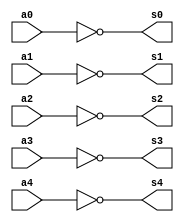
// Marden Batista, Matricula: 380752

module complemento1 (s0, s1, s2, s3, s4, a4, a3, a2, a1, a0);
 output s0, s1, s2, s3, s4;
 input a4, a3, a2, a1, a0;
 
 not NOT1 (s0, a0);
 not NOT2 (s1, a1);
 not NOT3 (s2, a2);
 not NOT4 (s3, a3);
 not NOT5 (s4, a4);
 
endmodule

module testComplemento1;
 reg a4, a3, a2, a1, a0;
 wire s0, s1, s2, s3, s4;
 
 complemento1 Test01 (s0, s1, s2, s3, s4, a4, a3, a2, a1, a0);
 
 initial begin
      $display("Marden Batista - 388613");
      $display("Exe 01 - Complemento de 1");
      $display("\n a4 a3 a2 a1 a0 = s4 s3 s2 s1 s0");
		$monitor(" %b  %b  %b  %b  %b =  %b  %b  %b  %b  %b", a4, a3, a2, a1, a0, s4, s3, s2, s1, s0);
												
												//Dec
	#1 a4=0; a3=0; a2=0; a1=0; a0=0; //00
	#1 a4=0; a3=0; a2=0; a1=0; a0=1; //01
	#1 a4=0; a3=0; a2=0; a1=1; a0=0; //02
	#1 a4=0; a3=0; a2=0; a1=1; a0=1; //03
	#1 a4=0; a3=0; a2=1; a1=0; a0=0; //04
	#1 a4=0; a3=0; a2=1; a1=0; a0=1; //05
	#1 a4=0; a3=0; a2=1; a1=1; a0=0; //06
	#1 a4=0; a3=0; a2=1; a1=1; a0=1; //07
	#1 a4=0; a3=1; a2=0; a1=0; a0=0; //08
	#1 a4=0; a3=1; a2=0; a1=0; a0=1; //09
	#1 a4=0; a3=1; a2=0; a1=1; a0=0; //10
	#1 a4=0; a3=1; a2=0; a1=1; a0=1; //11
	#1 a4=0; a3=1; a2=1; a1=0; a0=0; //12
	#1 a4=0; a3=1; a2=1; a1=0; a0=1; //13
	#1 a4=0; a3=1; a2=1; a1=1; a0=0; //14
	#1 a4=0; a3=1; a2=1; a1=1; a0=1; //15
	#1 a4=1; a3=0; a2=0; a1=0; a0=0; //16
	#1 a4=1; a3=0; a2=0; a1=0; a0=1; //17
	#1 a4=1; a3=0; a2=0; a1=1; a0=0; //18
	#1 a4=1; a3=0; a2=0; a1=1; a0=1; //19
	#1 a4=1; a3=0; a2=1; a1=0; a0=0; //20
	#1 a4=1; a3=0; a2=1; a1=0; a0=1; //21
	#1 a4=1; a3=0; a2=1; a1=1; a0=0; //22
	#1 a4=1; a3=0; a2=1; a1=1; a0=1; //23
	#1 a4=1; a3=1; a2=0; a1=0; a0=0; //24
	#1 a4=1; a3=1; a2=0; a1=0; a0=1; //25
	#1 a4=1; a3=1; a2=0; a1=1; a0=0; //26
	#1 a4=1; a3=1; a2=0; a1=1; a0=1; //27
	#1 a4=1; a3=1; a2=1; a1=0; a0=0; //28
	#1 a4=1; a3=1; a2=1; a1=0; a0=1; //29
	#1 a4=1; a3=1; a2=1; a1=1; a0=0; //30
	#1 a4=1; a3=1; a2=1; a1=1; a0=1; //31	
 end
endmodule